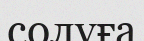
солуға